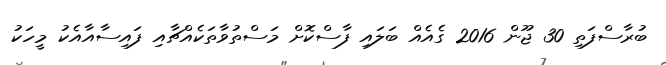
ބުރާސްފަތި 30 ޖޫން 2016 ގެއެއް ބަލައި ފާސްކޮށް މަސްތުވާތަކެއްޗާއި ފައިސާއާއެކު މީހަކު